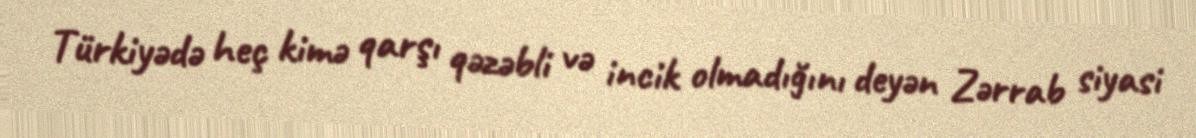
Türkiyədə heç kimə qarşı qəzəbli və incik olmadığını deyən Zərrab siyasi